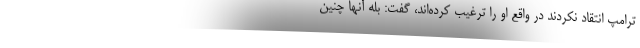
ترامپ انتقاد نکردند در واقع او را ترغیب کرده‌اند، گفت: بله آنها چنین